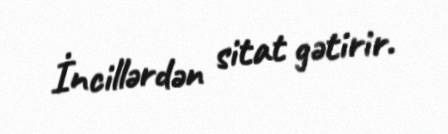
İncillərdən sitat gətirir.